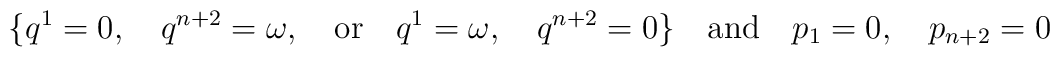
\{q^1=0,\quad q^{n+2}=\omega,\quad   \mbox{or}\quad q^1=\omega,\quad q^{n+2}=0\}\quad \mbox{and}   \quad p_{1}=0,\quad  p_{n+2}=0